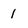
Character: 1